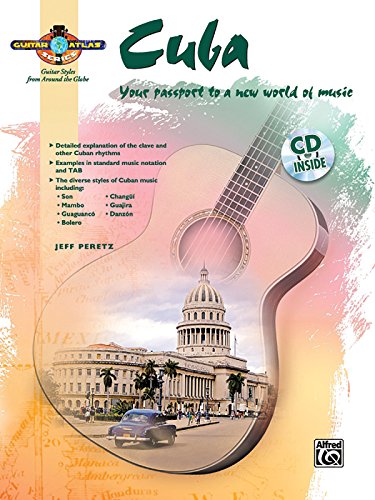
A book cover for Guitar Atlas Cuba: Your passport to a new world of music, Book & CD; Jeff Peretz; Travel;